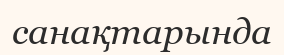
санақтарында